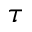
\tau